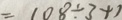
= 1 0 8 \div 3 + 1